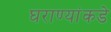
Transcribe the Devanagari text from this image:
घराण्यांकडे